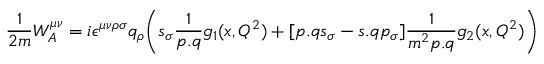
{ \frac { 1 } { 2 m } } W _ { A } ^ { \mu \nu } = i \epsilon ^ { \mu \nu \rho \sigma } q _ { \rho } \biggl ( s _ { \sigma } { \frac { 1 } { p . q } } g _ { 1 } ( x , Q ^ { 2 } ) + [ p . q s _ { \sigma } - s . q p _ { \sigma } ] { \frac { 1 } { m ^ { 2 } p . q } } g _ { 2 } ( x , Q ^ { 2 } ) \biggr )